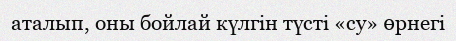
аталып, оны бойлай күлгін түсті «су» өрнегі